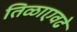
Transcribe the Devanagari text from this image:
तिळाएवढे